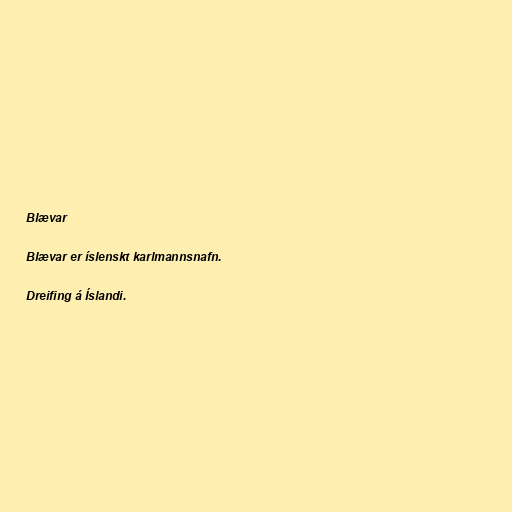
Blævar

Blævar er íslenskt karlmannsnafn.

Dreifing á Íslandi.